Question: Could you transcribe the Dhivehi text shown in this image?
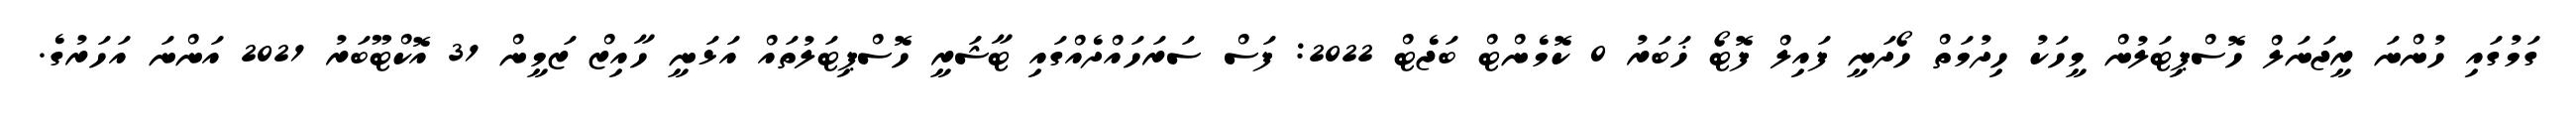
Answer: ގަމުގައި ހުންނަ ރީޖަނަލް ހޮސްޕިޓަލުން މީހަކު ހިދުމަތް ހޯދަނީ ފައިލް ފޮޓޯ ޚަބަރު 0 ކޮމެންޓް ބަޖެޓް 2022: ފަސް ސަރަހައްދެއްގައި ޓާޝަރީ ހޮސްޕިޓަލުތައް އަޅަނީ ހާއިޒް ޒަމީން 31 އޮކްޓޫބަރު 2021 އަންނަ އަހަރުގެ.